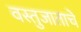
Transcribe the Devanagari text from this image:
वस्तुजाताचे